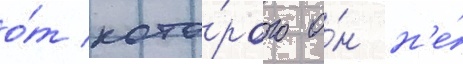
о́т кото́рого о́н н'е́